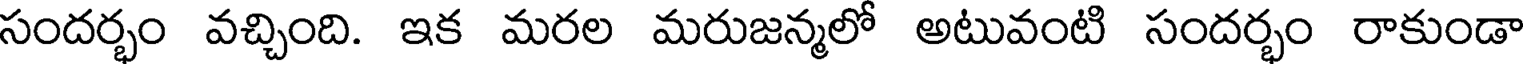
సందర్భం వచ్చింది. ఇక మరల మరుజన్మలో అటువంటి సందర్భం రాకుండా